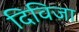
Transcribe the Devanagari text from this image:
दिविजा